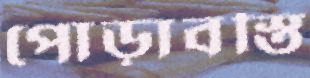
পোড়াবস্তি